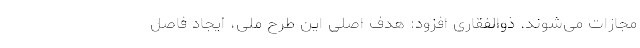
مجازات می‌شوند. ذوالفقاری افزود: هدف اصلی این طرح ملی، ایجاد فاصل